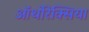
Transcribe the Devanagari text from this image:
ऑर्थोरेक्सिया